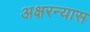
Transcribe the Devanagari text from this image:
अक्षरन्यास